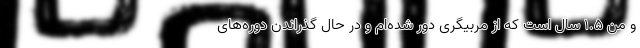
و من 1.5 سال است که از مربیگری دور شده‌ام و در حال گذراندن دوره‌های